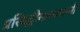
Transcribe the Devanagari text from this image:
प्रसिद्धीमाध्यमांनी